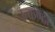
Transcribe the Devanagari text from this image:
उत्‍कण्‍ठा